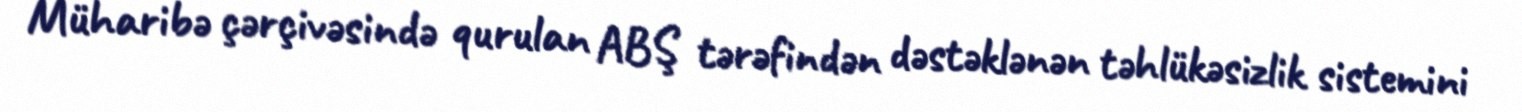
Müharibə çərçivəsində qurulan ABŞ tərəfindən dəstəklənən təhlükəsizlik sistemini